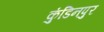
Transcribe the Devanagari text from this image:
कुंडिनपुर